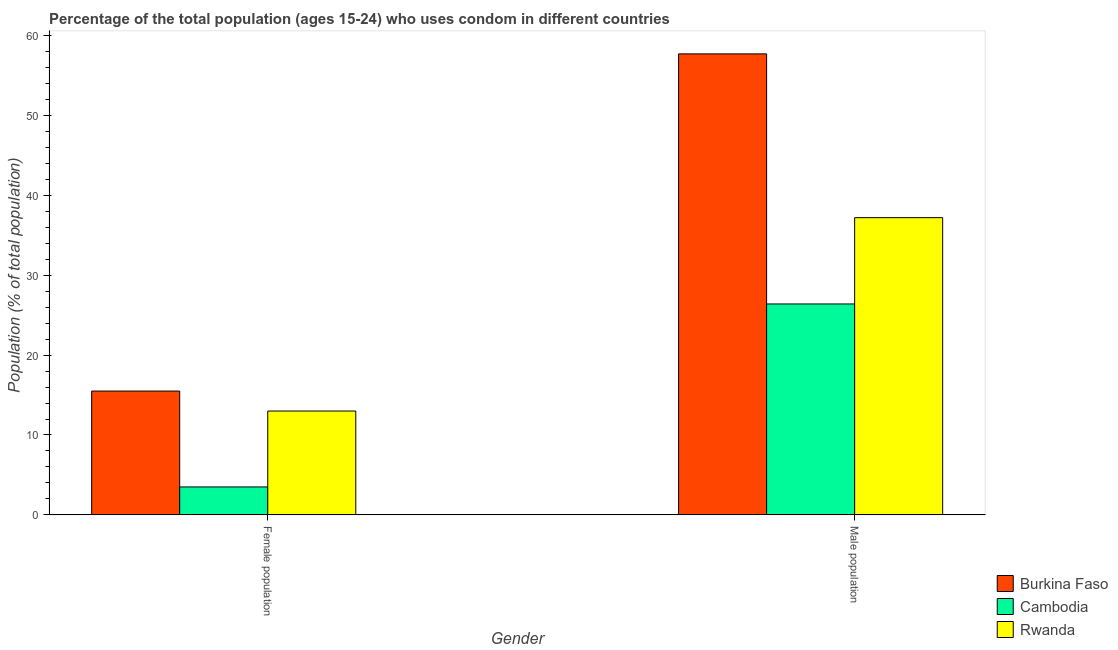
| Gender | Burkina Faso | Cambodia | Rwanda |
 | --- | --- | --- | --- |
 | Female population | 15.5 | 3.5 | 13 |
 | Male population | 57.7 | 26.4 | 37.2 |